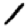
Digit: 1